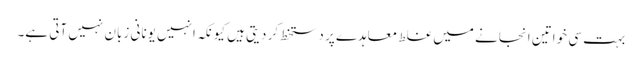
بہت سی خواتین انجانے میں غلط معاہدے پر دستخط کر دیتی ہیں کیونکہ انہیں یونانی زبان نہیں آتی ہے۔